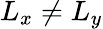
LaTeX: L_{x}\neq L_{y}